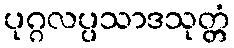
ပုဂ္ဂလပ္ပသာဒသုတ္တံ